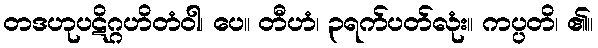
တဒဟုပဋိဂ္ဂဟိတံဝါ၊ ပေ။ တီဟံ၊ ၃ရက်ပတ်လုံး။ ကပ္ပတိ၊ ၏။